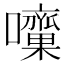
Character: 𡅁